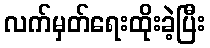
လက်မှတ်ရေးထိုးခဲ့ပြီး